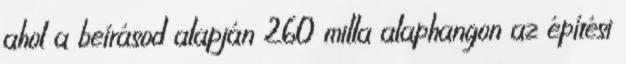
ahol a beírásod alapján 260 milla alaphangon az építési